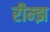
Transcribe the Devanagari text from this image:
रीम्झ